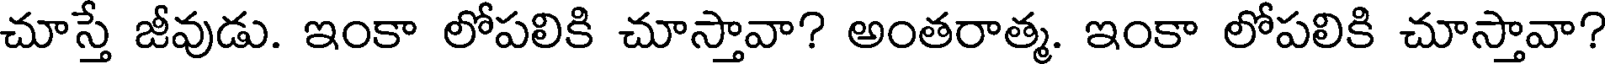
చూస్తే జీవుడు. ఇంకా లోపలికి చూస్తావా? అంతరాత్మ. ఇంకా లోపలికి చూస్తావా?